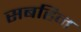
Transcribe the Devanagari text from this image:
सबहिन